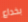
بخداع